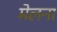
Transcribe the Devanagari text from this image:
मेलना